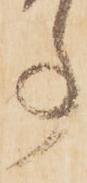
事